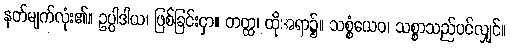
နတ်မျက်လုံး၏။ ဥပ္ပါဒါယ၊ ဖြစ်ခြင်းငှာ။ တတ္ထ၊ ထိုအရာ၌။ သစ္စံယေဝ၊ သစ္စာသည်ပင်လျှင်။